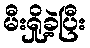
မီးရှို့ခဲ့ပြီး